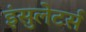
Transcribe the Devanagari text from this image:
इंसुलेटर्स